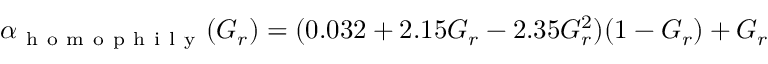
\begin{array} { r } { \alpha _ { \mathrm { ~ h ~ o ~ m ~ o ~ p ~ h ~ i ~ l ~ y ~ } } ( G _ { r } ) = ( 0 . 0 3 2 + 2 . 1 5 G _ { r } - 2 . 3 5 G _ { r } ^ { 2 } ) ( 1 - G _ { r } ) + G _ { r } } \end{array}